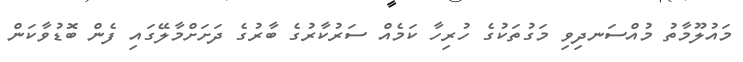
މައުލޫމާތު މުއްސަނދިވި މަގުތަކުގެ ހުރިހާ ކަމެއް ސަރުކާރުގެ ބާރުގެ ދަަށަށްމާލޭގައި ފެން ބޮޑުވާކަން